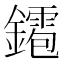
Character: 䥤